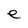
Character: e